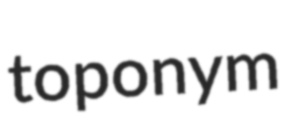
toponym